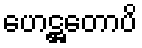
ဟေဋ္ဌတောပိ